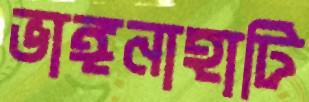
ভাঙ্গনাহাটি